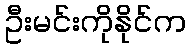
ဦးမင်းကိုနိုင်က